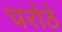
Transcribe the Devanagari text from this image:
परोठे